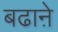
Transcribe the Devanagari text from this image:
बढाऩे